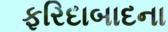
ફરિદાબાદના